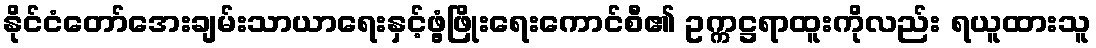
နိုင်ငံတော်အေးချမ်းသာယာရေးနှင့်ဖွံ့ဖြိုးရေးကောင်စီ၏ ဥက္ကဋ္ဌရာထူးကိုလည်း ရယူထားသူ